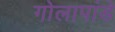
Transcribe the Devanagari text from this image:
गोलापांडे